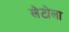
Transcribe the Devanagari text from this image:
लेटोला